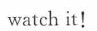
watch it!